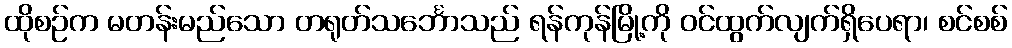
ထိုစဉ်က မတန်းမည်သော တရုတ်သင်္ဘောသည် ရန်ကုန်မြို့ကို ဝင်ထွက်လျက်ရှိပေရာ၊ စင်စစ်